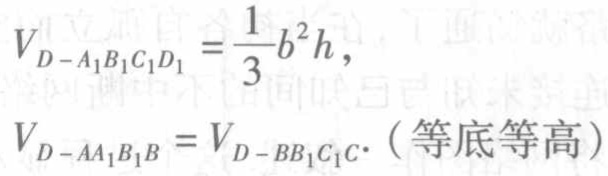
\[
V_{D - A_{1}B_{1}C_{1}D_{1}}=\frac{1}{3}b^{2}h,
\]
\[
V_{D - AA_{1}B_{1}B}=V_{D - BB_{1}C_{1}C}.(\text{等底等高})
\]